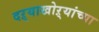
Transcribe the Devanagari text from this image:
दऱ्याखोऱ्यांच्या